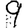
Digit: 9